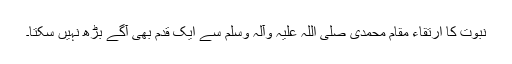
نبوت کا ارتقاء مقام محمدی صلی اللہ علیہ وآلہ وسلم سے ایک قدم بھی آگے بڑھ نہیں سکتا۔